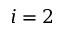
i = 2